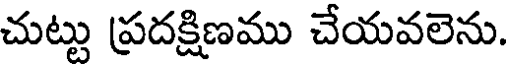
చుట్టు ప్రదక్షిణము చేయవలెను.